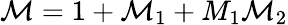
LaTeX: \mathcal{M}=1+\mathcal{M}_{1}+M_{1}\mathcal{M}_{2}